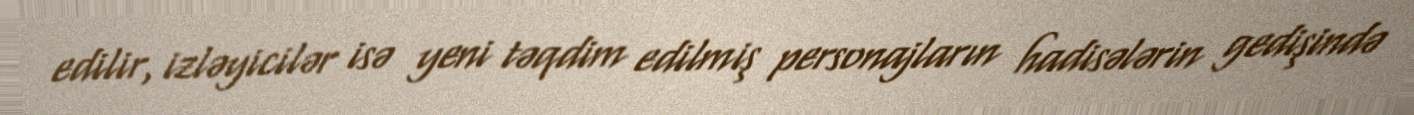
edilir, izləyicilər isə yeni təqdim edilmiş personajların hadisələrin gedişində